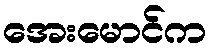
အေးမောင်က